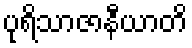
ပုရိသာဇာနီယာတိ